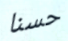
حسنا